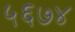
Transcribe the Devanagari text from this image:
५६७४